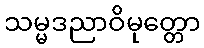
သမ္မဒညာဝိမုတ္တော